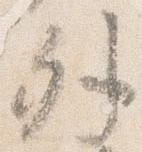
外